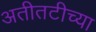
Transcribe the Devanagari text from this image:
अतीतटीच्या